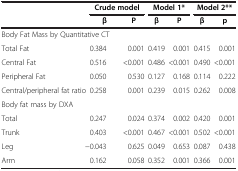
<table><thead><tr><td rowspan="2"><b> </b></td><td colspan="2"><b>Crude model</b></td><td colspan="2"><b>Model 1*</b></td><td colspan="2"><b>Model 2**</b></td></tr><tr><td><b>β</b></td><td><b>P</b></td><td><b>β</b></td><td><b>P</b></td><td><b>β</b></td><td><b>p</b></td></tr></thead><tbody><tr><td colspan="7">Body Fat Mass by Quantitative CT</td></tr><tr><td>Total Fat</td><td>0.384</td><td>0.001</td><td>0.419</td><td>0.001</td><td>0.415</td><td>0.001</td></tr><tr><td>Central Fat</td><td>0.516</td><td>&lt;0.001</td><td>0.486</td><td>&lt;0.001</td><td>0.490</td><td>&lt;0.001</td></tr><tr><td>Peripheral Fat</td><td>0.050</td><td>0.530</td><td>0.127</td><td>0.168</td><td>0.114</td><td>0.222</td></tr><tr><td>Central/peripheral fat ratio</td><td>0.258</td><td>0.001</td><td>0.239</td><td>0.015</td><td>0.262</td><td>0.008</td></tr><tr><td colspan="7">Body fat mass by DXA</td></tr><tr><td>Total</td><td>0.247</td><td>0.024</td><td>0.374</td><td>0.002</td><td>0.420</td><td>0.001</td></tr><tr><td>Trunk</td><td>0.403</td><td>&lt;0.001</td><td>0.467</td><td>&lt;0.001</td><td>0.502</td><td>&lt;0.001</td></tr><tr><td>Leg</td><td>−0.043</td><td>0.625</td><td>0.049</td><td>0.653</td><td>0.087</td><td>0.438</td></tr><tr><td>Arm</td><td>0.162</td><td>0.058</td><td>0.352</td><td>0.001</td><td>0.366</td><td>0.001</td></tr></tbody></table>